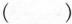
()